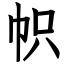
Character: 帜